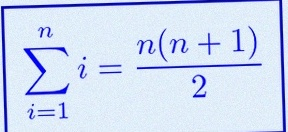
\sum_{i=1}^{n}i=\frac{n(n+1)}2